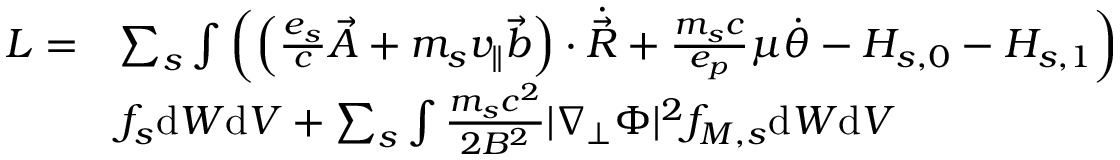
\begin{array} { r l } { L = } & { \sum _ { s } \int \left( \left( \frac { e _ { s } } { c } \Vec { A } + m _ { s } v _ { \parallel } \Vec { b } \right) \cdot \Dot { \Vec { R } } + \frac { m _ { s } c } { e _ { p } } \mu \Dot { \theta } - H _ { s , 0 } - H _ { s , 1 } \right) } \\ & { f _ { s } \mathrm { d } W \mathrm { d } V + \sum _ { s } \int \frac { m _ { s } c ^ { 2 } } { 2 B ^ { 2 } } | \nabla _ { \perp } \Phi | ^ { 2 } f _ { M , s } \mathrm { d } W \mathrm { d } V } \end{array}